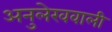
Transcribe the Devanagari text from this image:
अनुलेखवाली